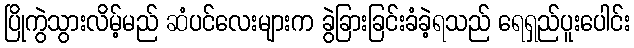
ပြိုကွဲသွားလိမ့်မည် ဆံပင်လေးများက ခွဲခြားခြင်းခံခဲ့ရသည် ရေရှည်ပူးပေါင်း